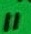
Text: 11